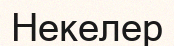
Некелер